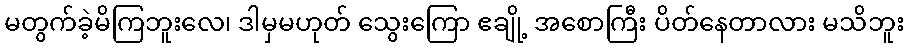
မတွက်ခဲ့မိကြဘူးလေ၊ ဒါမှမဟုတ် သွေးကြော ဧချို့ အစောကြီး ပိတ်နေတာလား မသိဘူး